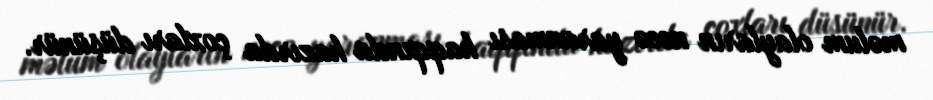
məlum olayların necə yaranması haqqında hazırda çoxları düşünür.